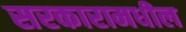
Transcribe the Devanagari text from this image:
सरकारामधील